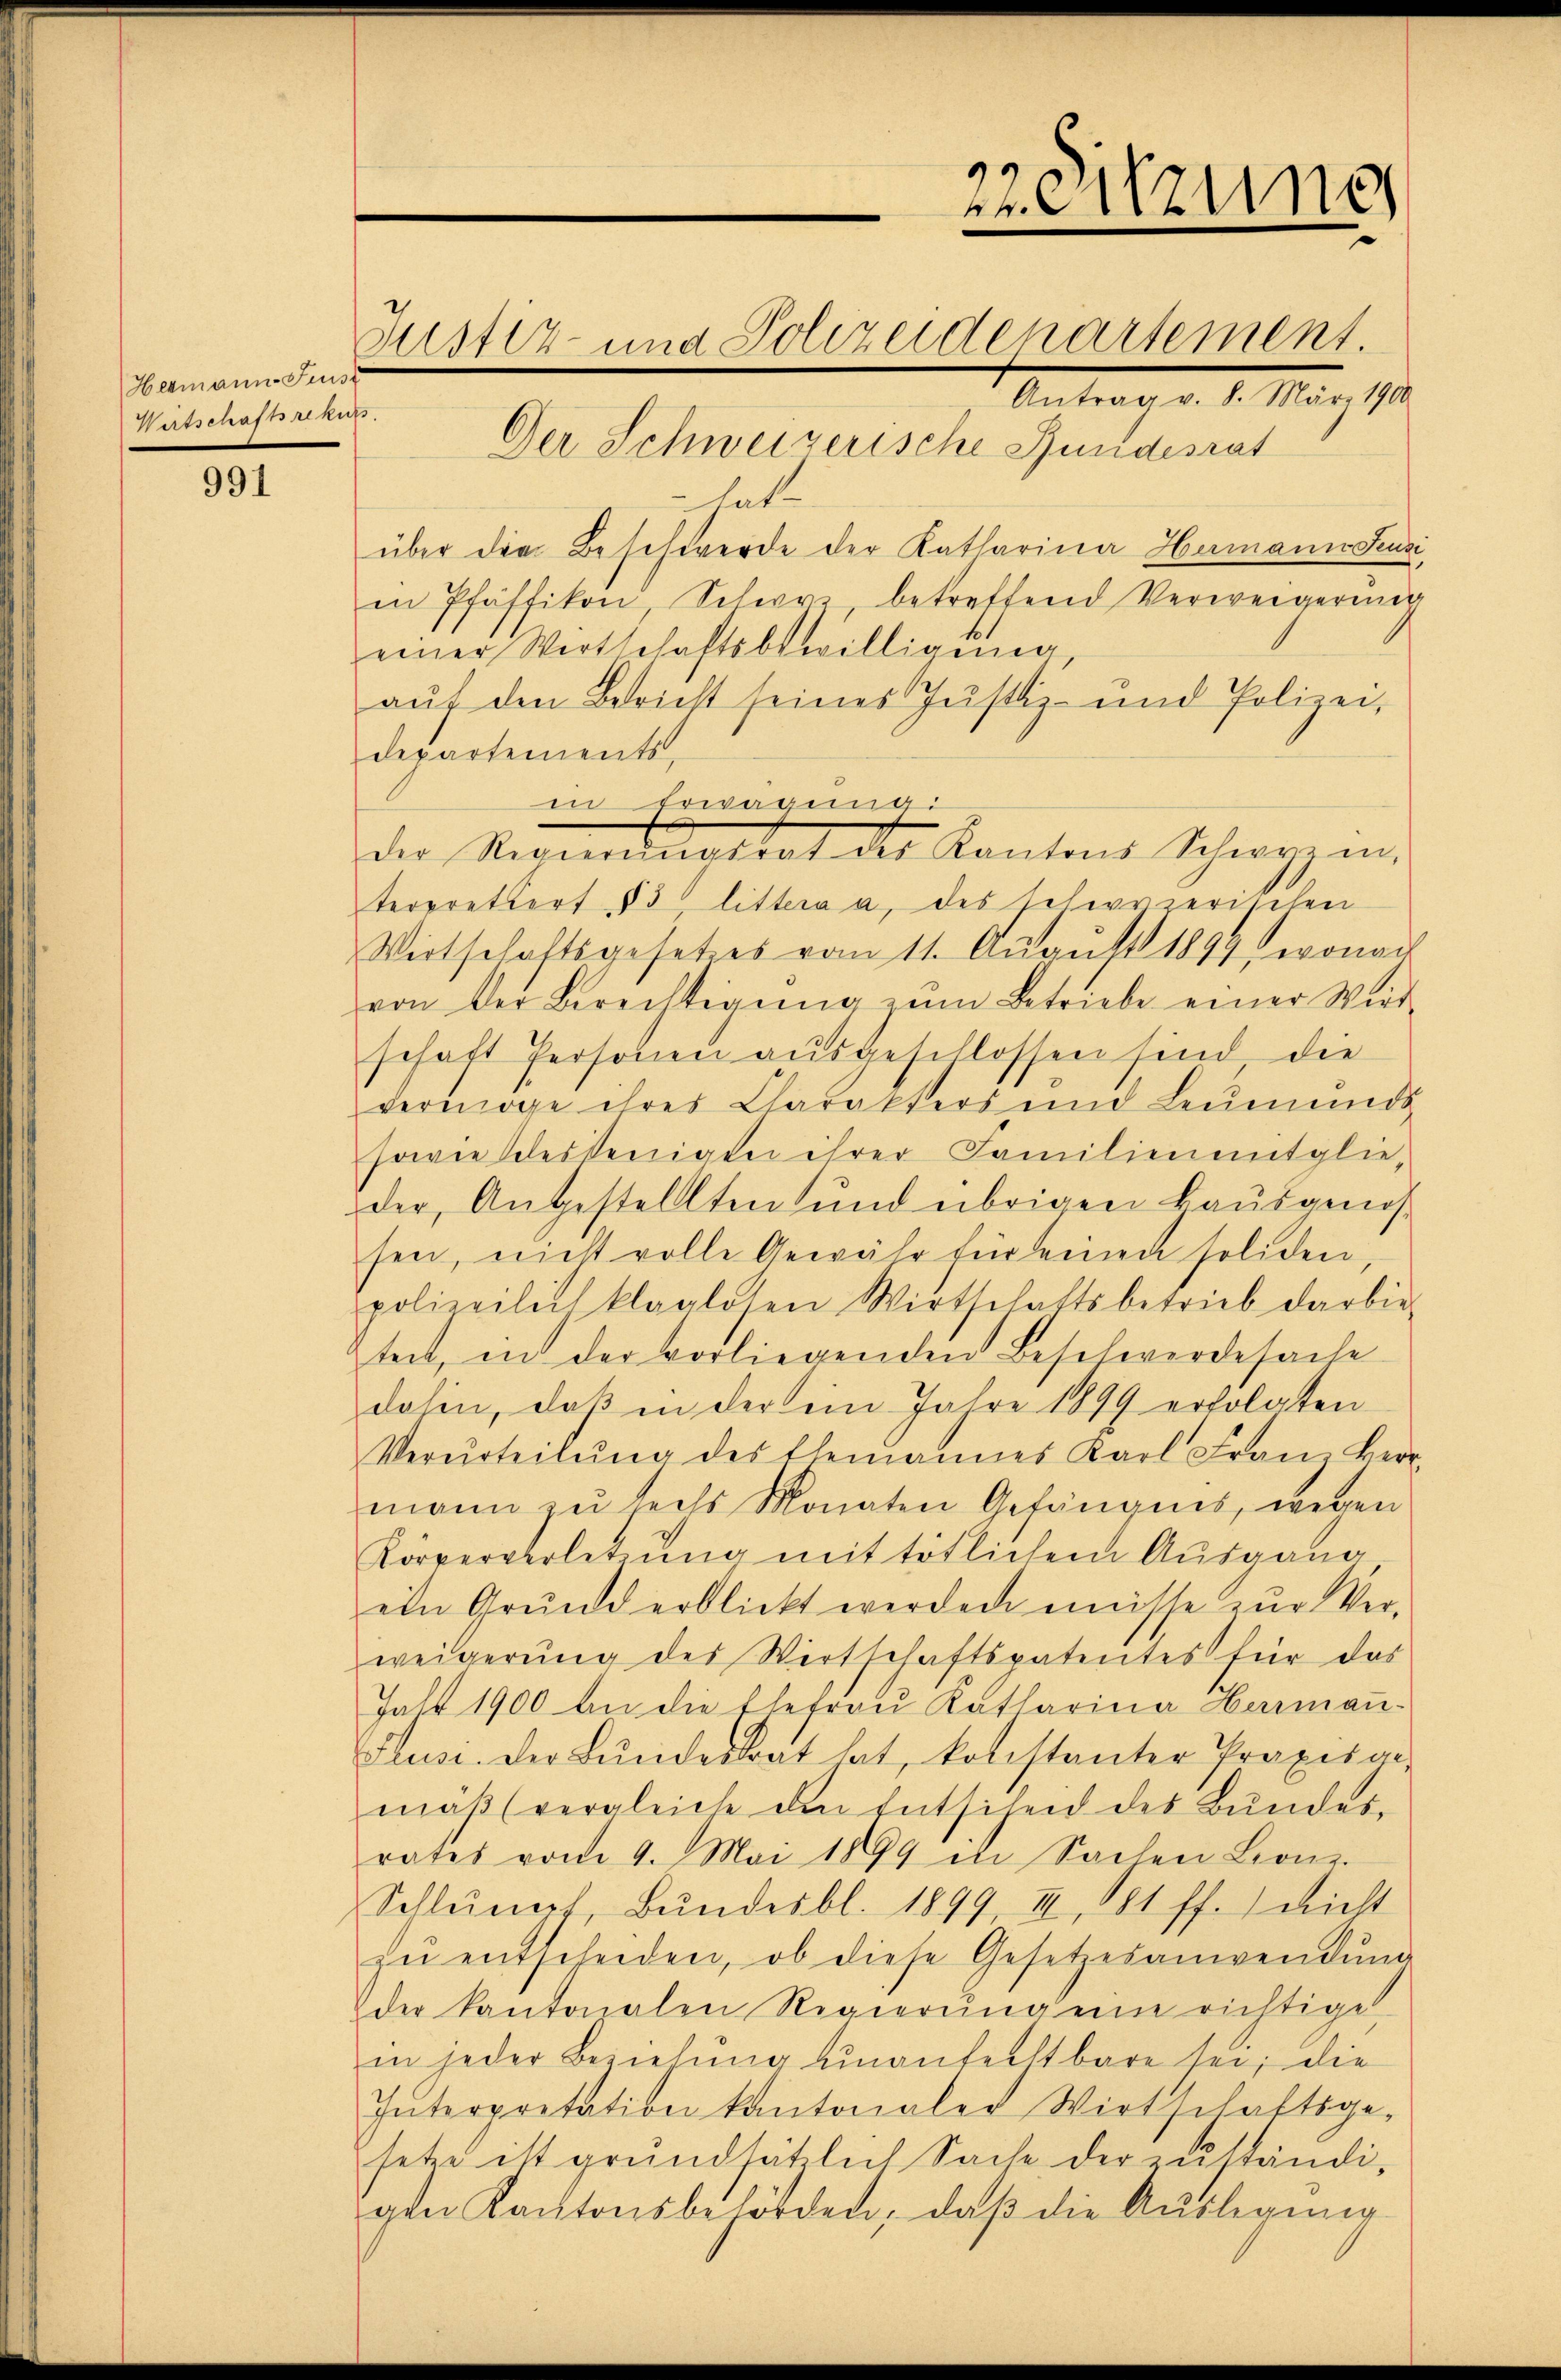
Hermann Fenst
Wirtschaftsrekurs

991

22. Sitzung
Justiz- und Polizeidenartement
Antrag v. 8. März 1900
Der Schweizerische Bundesrat

hatt
über die Beschwerde der Katharina Hamann Feusi
in Pfäffikon, Schwyz, betreffend Verweigerŭng
einer Wirtschaftsbewilligŭng
auf den Bericht seines Justiz- und Polizei,
departements,
in Erwägung:
terprettert § 3 littera a, des schwierischen
Wirtschaftsgeset es vom 11. Aŭgŭst 1899, wonac
von der Berechtigŭng zŭm Betriebe einer Wird-
schaft Personen aŭsgeschlossen sind die
vermöge ihres Charakters und Leŭmunds
sowie desjenigen ihrer Familienentglie-
der, Angestellten und übrigen Bausgenos-
sen, nicht volle Gewähr für seinen soliden,
polizeilich klaglosen Wirtschaftsbetrieb darbie
tei, in der vorliegenden Beschwerdesache
dahin, daß in der ein Jahre 1899 erfolgten
Verurteilŭng des Ehemannes Karl Franz Herr-
mann zŭ sechs Monaten Gefängnis, wegen
Körperverletzung mit tötlichem Ausgang
ein Grund erblickt werden müsse zŭr Ver-
weigerung des Wirtschaftspatentes für das
Jahr 1900 an die Ehefrau Katharina Herman
Feusi. Der Bŭndestrat hat, konstanter Praxisar,
maβ (vergleiche den Entschen des Bŭndes-
rates vom 9. Mai 1899 in Sachen Leonz
Schlŭmpf, Bŭndesbl. 1899, II, 81 ff.) nicht
zŭ entscheiden, ob diese Gesetzesanwendŭng
der kantonalen Regierŭng eine richtiget
in jeder Beziehung unanfechtbare sei; die
Interpretation kantonaler Wirtschaftsge-
setze ist grundsätzlich Sache der zuständi-
gen Kantonsbehörden, daß die Auslegung

der Regierungsrat des Kantons Schwyz in